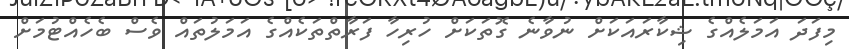
މިފަދަ އަމަލެއްގެ ޝިކާރައަކަށް ނުވާނެ ގޮތަކަށް ހުރިހާ ފަރާތްތަކެއްގެ އަމަލުތައް ވެސް ބެހެއްޓުމަށް